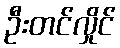
ဦးတင်လှိုင်